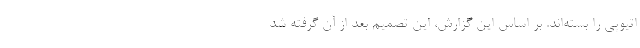
اتیوپی را بسته‌اند. بر اساس این گزارش، این تصمیم بعد از آن گرفته شد